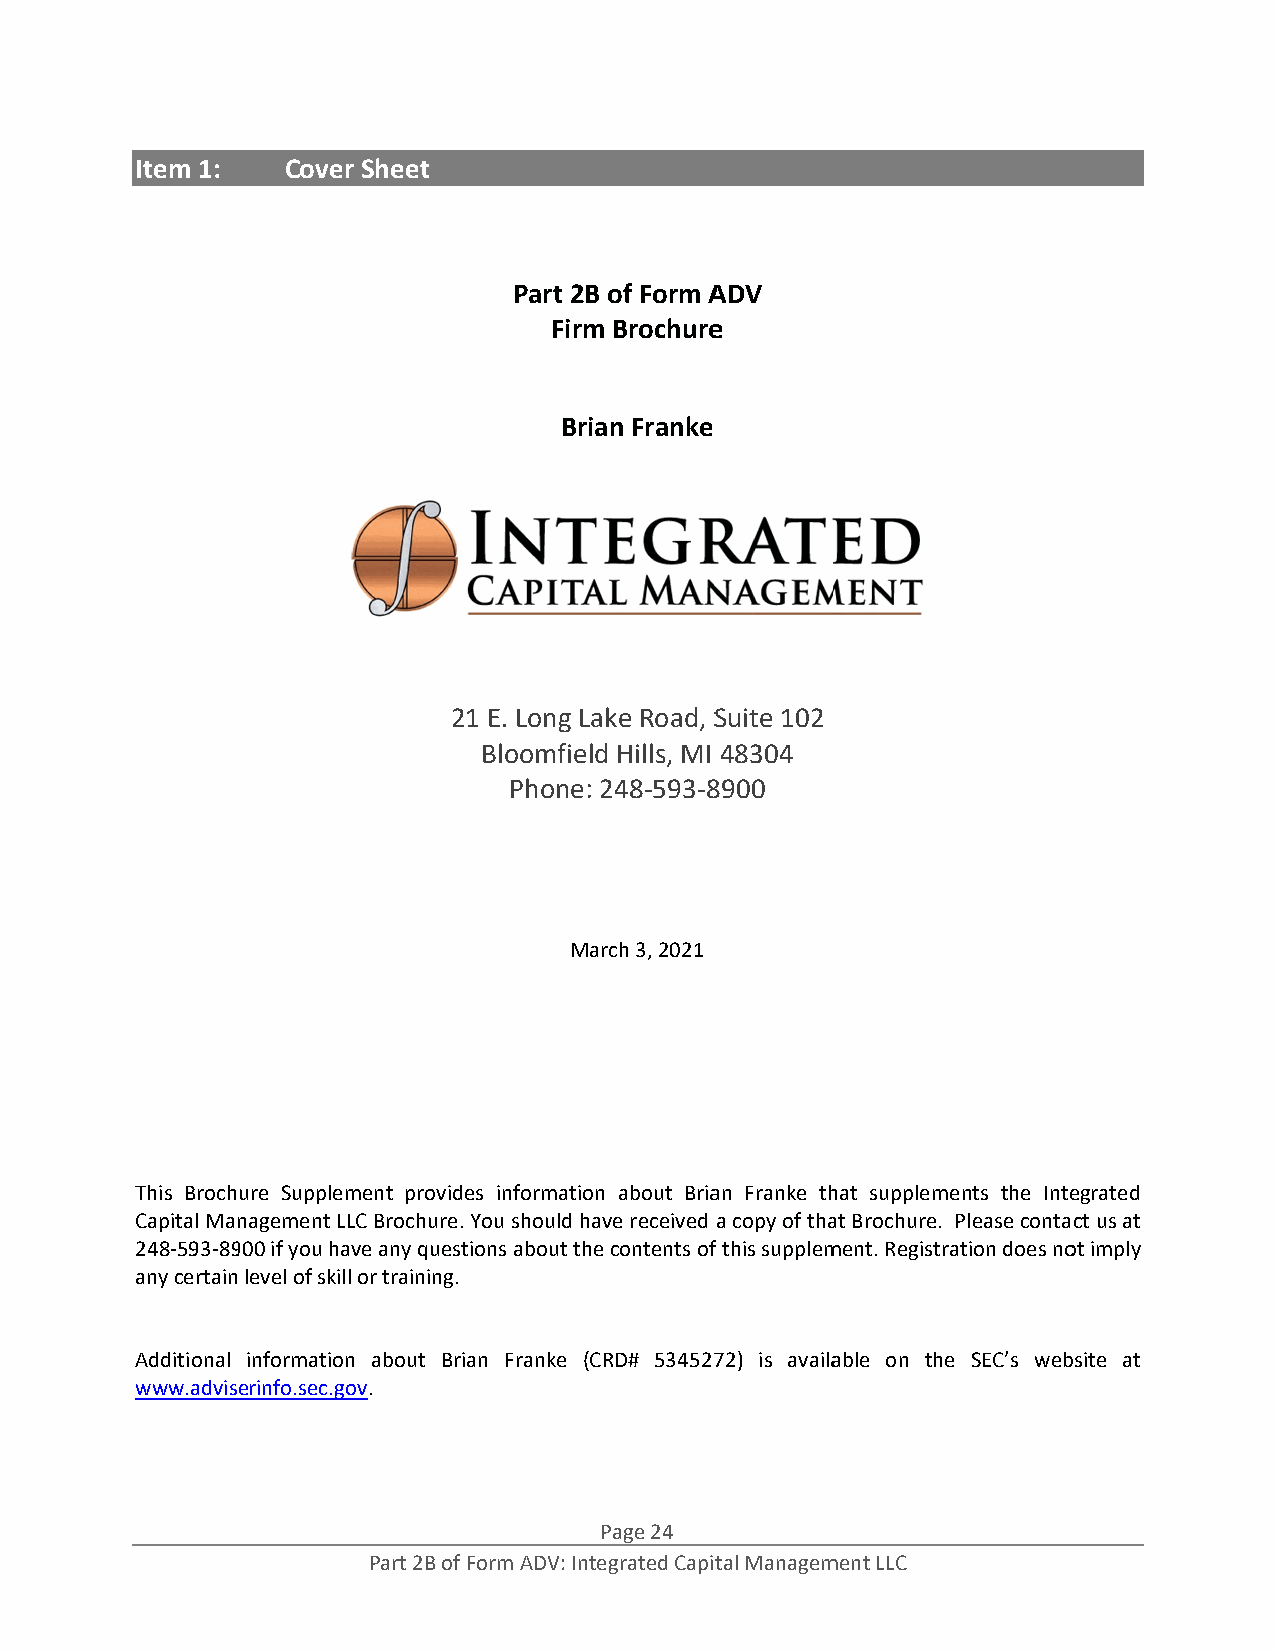
Item 1:   Cover Sheet
 ADV Parrt 2B: Briaan Franke
 Part 2BB of Form AADV
 Firmm Brochuree
 Briaan Franke
 211 E. Long Laake Road, SSuite 102
 Bloomfield Hills, MI 48304
 Phone: 248‐593‐88900
 Maarch 3, 2021
 This Brochure Supplemment providess information about Briaan Franke thhat supplemeents the Inteegrated
 Capital Mannagement LLCC Brochure. YYou should haave received a copy of thaat Brochure. Please contact us at
 248‐593‐89900 if you havve any questioons about thee contents off this supplemment. Registraation does noot imply
 any certain level of skill or training.
 Additional information about Brian Franke (CCRD# 53452772) is availaable on thee SEC’s webbsite at
 www.adviserinfo.sec.gov.
 Page 24
 Part 2B of Form ADV: Inttegrated Capital Managemment LLC